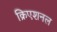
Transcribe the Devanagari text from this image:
क्रिएशनल